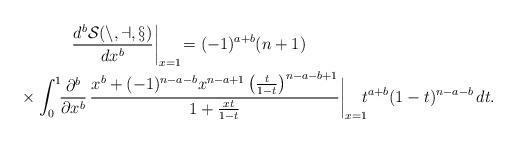
LaTeX: \begin{align*}\begin{aligned}&\quad\quad\quad\left.\frac{d^b\cal S(n,a,x)}{dx^b} \right|_{x=1}\!=(-1)^{a+b}(n+1)\\&\times \int_0^1\!\!\frac{\partial^b}{\partial x^b}\,\frac{x^b+(-1)^{n-a-b}x^{n-a+1}\left(\tfrac{t}{1-t}\right)^{n-a-b+1}}{1+\tfrac{xt}{1-t}}\biggr|_{x=1}\!\! t^{a+b}(1-t)^{n-a-b}\,dt.\end{aligned}\end{align*}